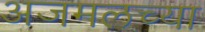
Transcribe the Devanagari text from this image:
अजमलच्या